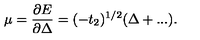
\mu = \frac { \partial E } { \partial \Delta } = ( - t _ { 2 } ) ^ { 1 / 2 } ( \Delta + . . . ) .